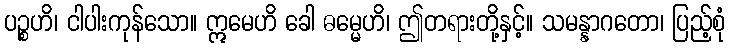
ပဉ္စဟိ၊ ငါပါးကုန်သော။ ဣမေဟိ ခေါ ဓမ္မေဟိ၊ ဤတရားတို့နှင့်။ သမန္နာဂတော၊ ပြည့်စုံ